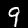
Digit: 9